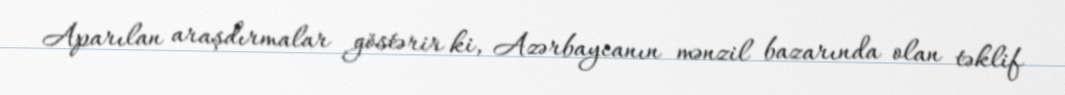
Aparılan araşdırmalar göstərir ki, Azərbaycanın mənzil bazarında olan təklif